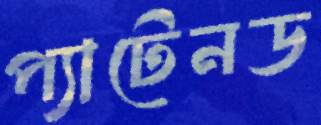
প্যাটেনড